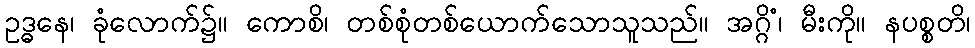
ဥဒ္ဓနေ၊ ခုံလောက်၌။ ကောစိ၊ တစ်စုံတစ်ယောက်သောသူသည်။ အဂ္ဂိံ၊ မီးကို။ နပစ္စတိ၊